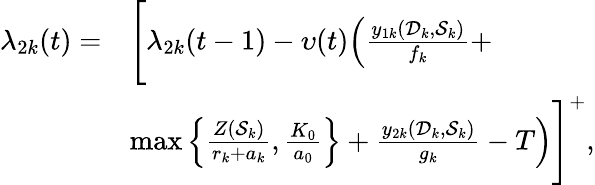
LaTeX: \begin{array}{rl}{\lambda_{2k}(t)=}&{\Bigg[\lambda_{2k}(t-1)-\upsilon(t)\Big(\frac{y_{1k}(\mathcal D_{k},\mathcal S_{k})}{f_{k}}+}\\ &{\operatorname*{max}\left\{ \frac{Z(\mathcal S_{k})}{r_{k}+a_{k}},\frac{K_{0}}{a_{0}}\right\} +\frac{y_{2k}(\mathcal D_{k},\mathcal S_{k})}{g_{k}}-T\Big)\Bigg]^{+},}\end{array}